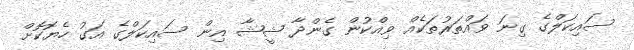
ސައިކަލްގެ ގިނަ ވައްތަރުތަކެއް ވިއްކުން ގެންދާ ޝީޝާ އިން ސައިކަލްގެ އަގު ހެޔޮކޮށް